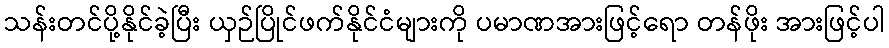
သန်းတင်ပို့နိုင်ခဲ့ပြီး ယှဉ်ပြိုင်ဖက်နိုင်ငံများကို ပမာဏအားဖြင့်ရော တန်ဖိုး အားဖြင့်ပါ